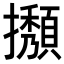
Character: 𢹉